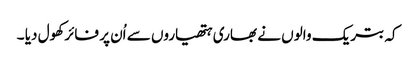
کہ بتریک والوں نے بھاری ہتھیاروں سے اُن پر فائر کھول دیا ۔